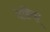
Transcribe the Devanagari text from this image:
देहिया